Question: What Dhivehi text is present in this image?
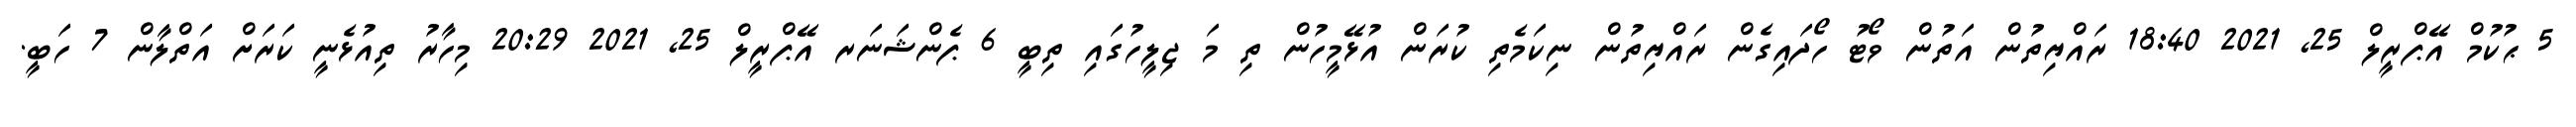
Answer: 5 ޙުކުމް އޭޕްރީލް 25, 2021 18:40 ރައްޔިތުން އަތުން ވޯޓު ހޯދައިގެން ރައްޔިތުން ނިކަމެތި ކުރަން އުޅޭމީހުން ތި މަ ޖިލީހުގައި ތިބީ 6 ޕެންޝަނަރ އޭޕްރީލް 25, 2021 20:29 މިހާރު ތިއުޅެނީ ކަރަށް އަތްލާން 7 ހަބީ.